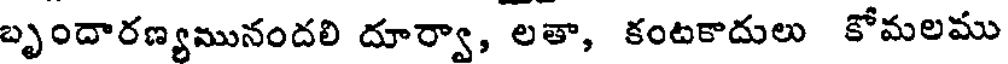
బృందారణ్యమునందలి దూర్వా, లతా, కంటకాదులు కోమలము